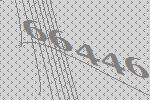
66446